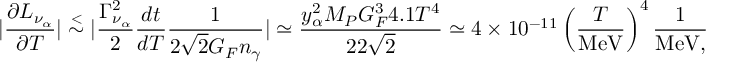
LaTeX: | { \frac { \partial L _ { \nu _ { \alpha } } } { \partial T } } | \stackrel { < } { \sim } | { \frac { \Gamma _ { \nu _ { \alpha } } ^ { 2 } } { 2 } } { \frac { d t } { d T } } { \frac { 1 } { 2 \sqrt { 2 } G _ { F } n _ { \gamma } } } | \simeq { \frac { y _ { \alpha } ^ { 2 } M _ { P } G _ { F } ^ { 3 } 4 . 1 T ^ { 4 } } { 2 2 \sqrt { 2 } } } \simeq 4 \times 1 0 ^ { - 1 1 } \left( { \frac { T } { \mathrm { M e V } } } \right) ^ { 4 } { \frac { 1 } { \mathrm { M e V , } } }